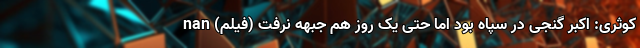
کوثری: اکبر گنجی در سپاه بود اما حتی یک روز هم جبهه نرفت (فیلم) nan